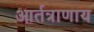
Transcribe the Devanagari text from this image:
आर्तत्राणाय